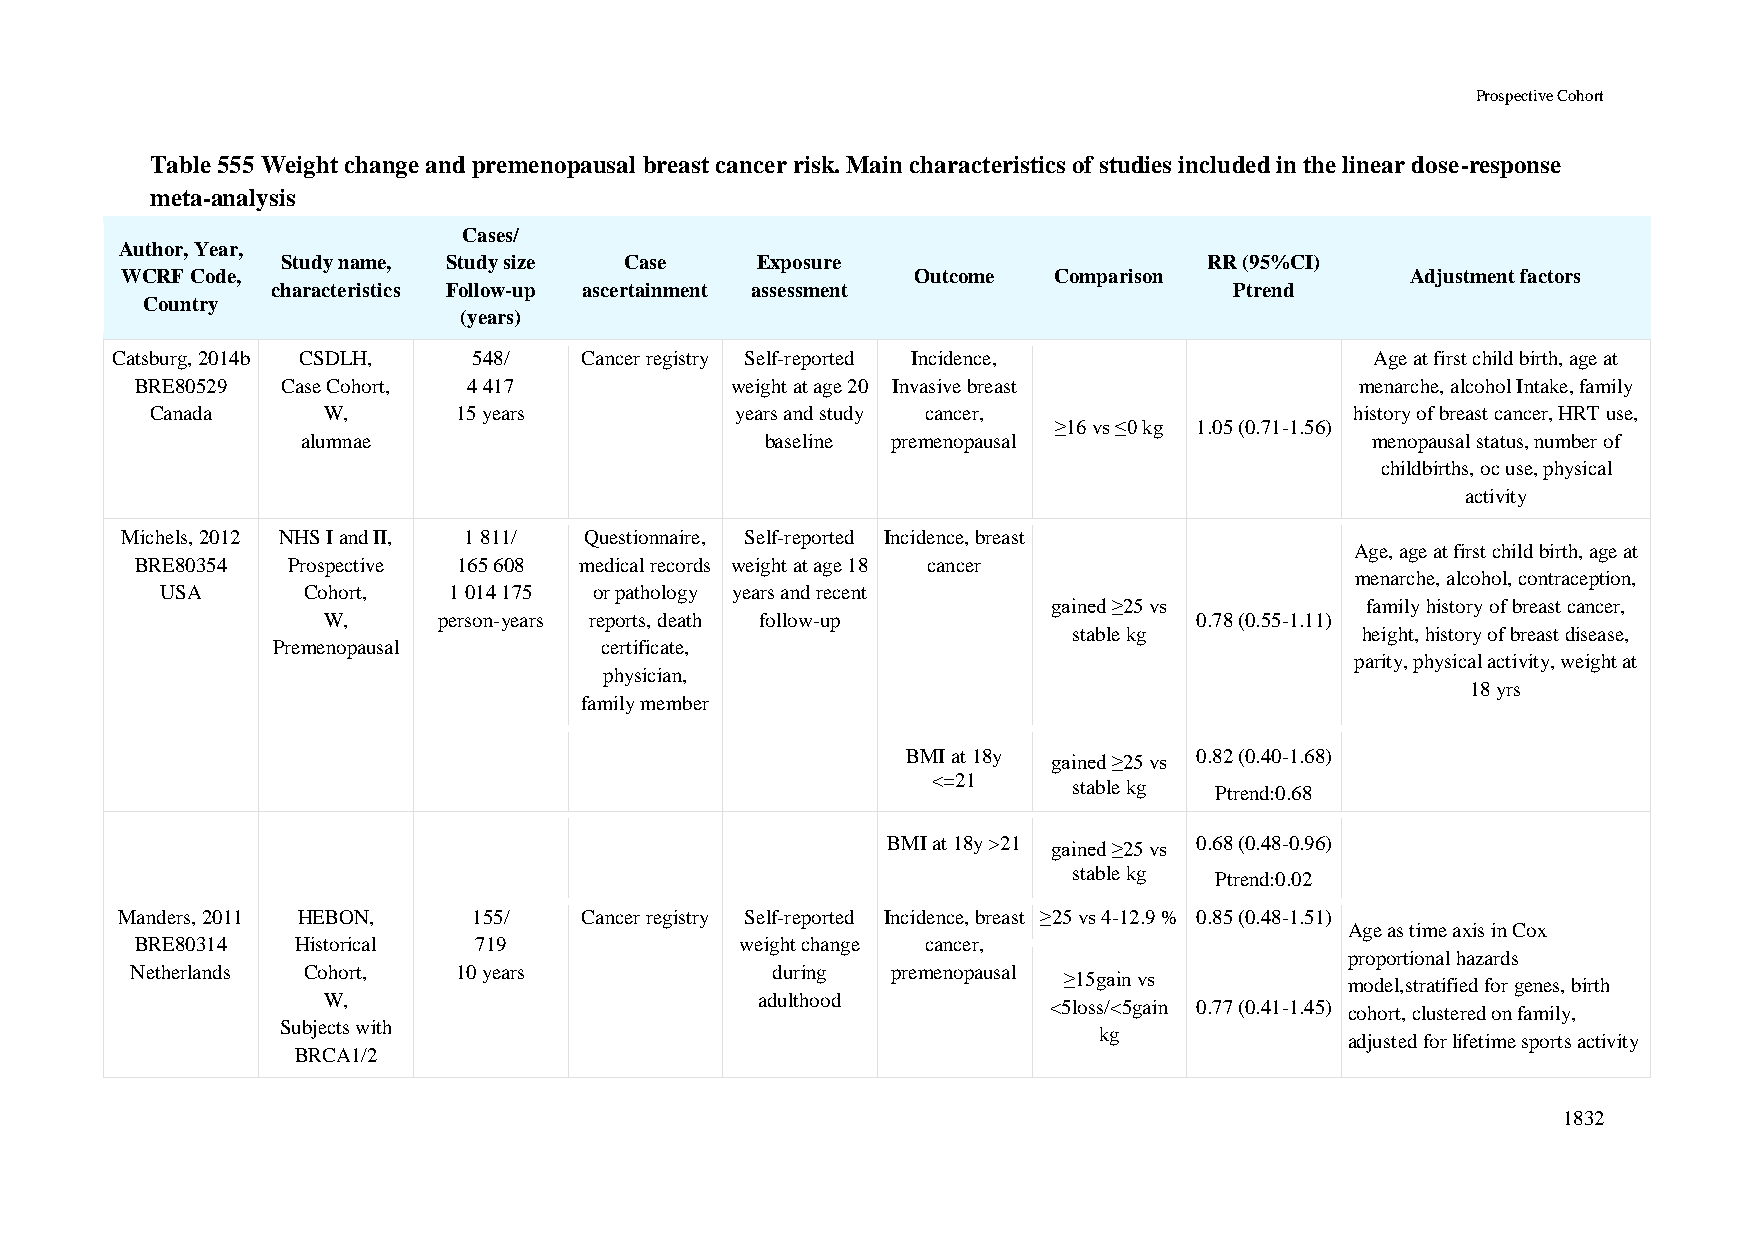
Prospective Cohort
 Table 555 Weight change and premenopausal breast cancer risk. Main characteristics of studies included in the linear dose-response
 meta-analysis
 Cases/
 Author, Year,
 Study name, Study size Case    Exposure                      RR (95%CI)
 WCRF Code,                                          Outcome   Comparison             Adjustment factors
 characteristics Follow-up ascertainment assessment              Ptrend
 Country
 (years)
 Catsburg, 2014b CSDLH,  548/   Cancer registry Self-reported Incidence,             Age at first child birth, age at
 BRE80529  Case Cohort, 4 417           weight at age 20 Invasive breast          menarche, alcohol Intake, family
 Canada     W,       15 years           years and study cancer,                  history of breast cancer, HRT use,
 ≥16 vs ≤0 kg 1.05 (0.71-1.56)
 alumnae                        baseline premenopausal                  menopausal status, number of
 childbirths, oc use, physical
 activity
 Michels, 2012 NHS I and II, 1 811/ Questionnaire, Self-reported Incidence, breast
 Age, age at first child birth, age at
 BRE80354  Prospective 165 608 medical records weight at age 18 cancer
 menarche, alcohol, contraception,
 USA      Cohort,   1 014 175 or pathology years and recent
 gained ≥25 vs       family history of breast cancer,
 W,      person-years reports, death follow-up             0.78 (0.55-1.11)
 stable kg          height, history of breast disease,
 Premenopausal         certificate,
 parity, physical activity, weight at
 physician,
 18 yrs
 family member
 BMI at 18y gained ≥25 vs 0.82 (0.40-1.68)
 <=21     stable kg Ptrend:0.68
 BMI at 18y >21 gained ≥25 vs 0.68 (0.48-0.96)
 stable kg Ptrend:0.02
 Manders, 2011 HEBON,   155/   Cancer registry Self-reported Incidence, breast ≥25 vs 4-12.9 % 0.85 (0.48-1.51)
 Age as time axis in Cox
 BRE80314   Historical 719               weight change cancer,
 proportional hazards
 Netherlands Cohort,  10 years             during  premenopausal
 ≥15gain vs         model,stratified for genes, birth
 W,                           adulthood
 <5loss/<5gain 0.77 (0.41-1.45)
 cohort, clustered on family,
 Subjects with
 kg
 adjusted for lifetime sports activity
 BRCA1/2
 1832